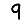
Digit: 9